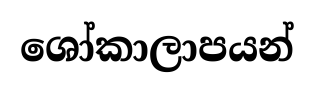
ශෝකාලාපයන්